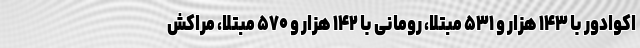
اکوادور با ۱۴۳ هزار و ۵۳۱ مبتلا، رومانی با ۱۴۲ هزار و ۵۷۰ مبتلا، مراکش